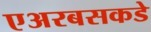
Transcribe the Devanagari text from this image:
एअरबसकडे